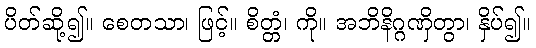
ပိတ်ဆို့၍။ စေတသာ၊ ဖြင့်။ စိတ္တံ၊ ကို။ အဘိနိဂ္ဂဏှိတွာ၊ နှိပ်၍။